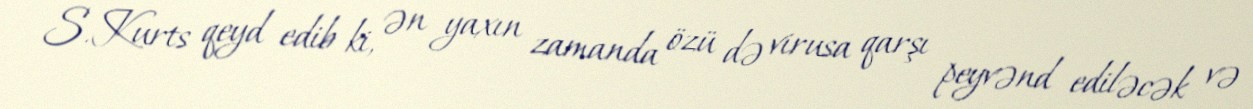
S.Kurts qeyd edib ki, ən yaxın zamanda özü də virusa qarşı peyvənd ediləcək və